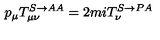
p _ { \mu } T _ { \mu \nu } ^ { S \rightarrow A A } = 2 m i T _ { \nu } ^ { S \rightarrow P A }